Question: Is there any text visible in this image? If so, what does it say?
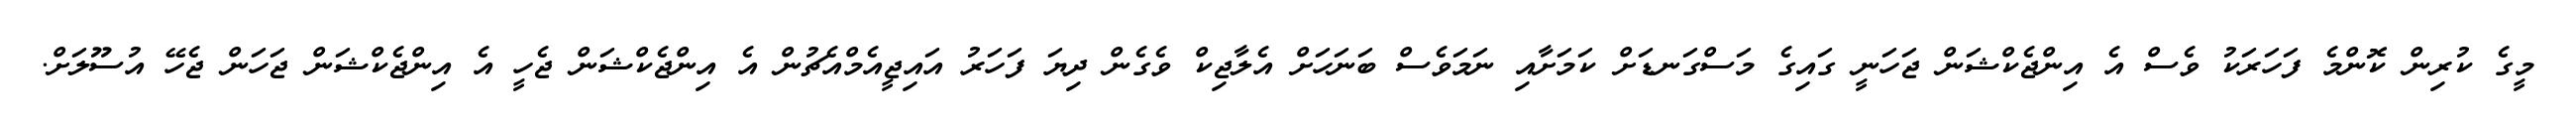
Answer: މީގެ ކުރިން ކޮންމެ ފަހަރަކު ވެސް އެ އިންޖެކްޝަން ޖަހަނީ ގައިގެ މަސްގަނޑަށް ކަމަށާއި ނަމަވެސް ބަނަހަށް އެލާޖިކް ވެގެން ދިޔަ ފަހަރު އައިޖީއެމްއެޗުން އެ އިންޖެކްޝަން ޖެހީ އެ އިންޖެކްޝަން ޖަހަން ޖެހޭ އުސޫލަށް.